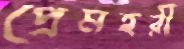
প্রেমহরী